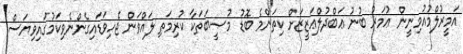
އަމީރުލްމުއުމިނީން ޢުމަރު ބުނު ޢަބްދުލްޢަޒީޒަށް ކިތަންމެ ބޮޑު މުޞީބަތަކާ ކުރިމަތި ލައްވަން ޖެހިވަޑައިގެންނެވިކަމުގައިވިޔަސް